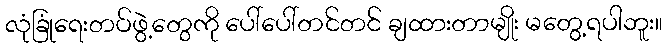
လုံခြုံရေးတပ်ဖွဲ့တွေကို ပေါ်ပေါ်တင်တင် ချထားတာမျိုး မတွေ့ရပါဘူး။